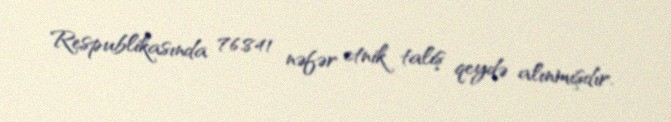
Respublikasında 76.841 nəfər etnik talış qeydə alınmışdır.